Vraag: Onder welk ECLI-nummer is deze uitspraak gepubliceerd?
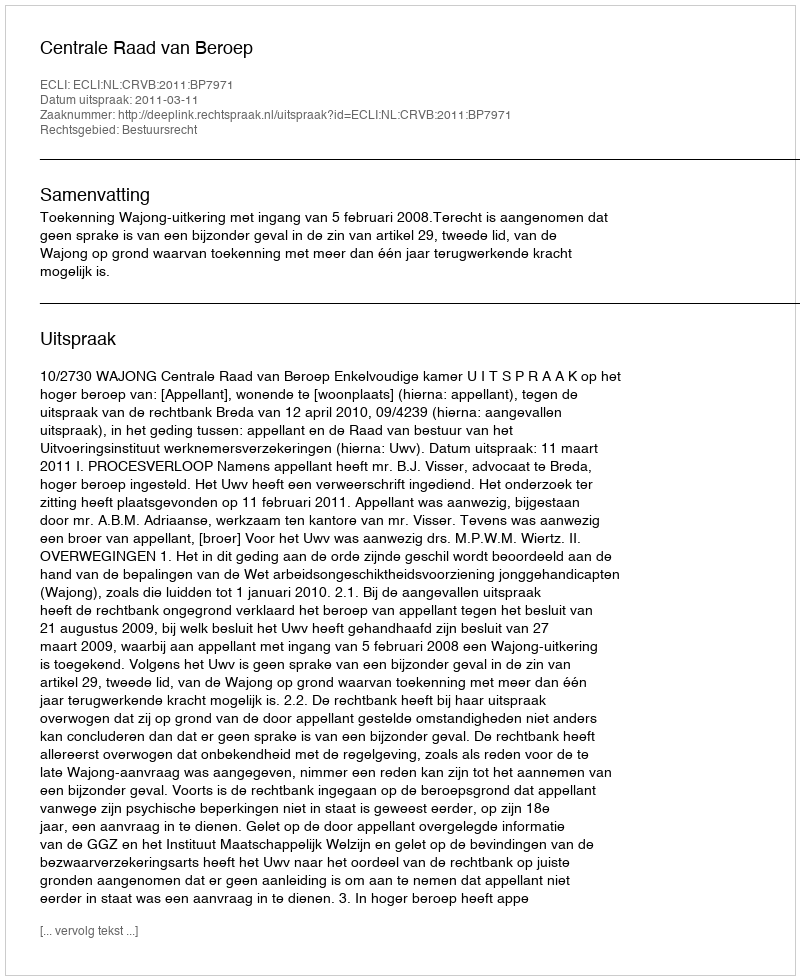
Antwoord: ECLI:NL:CRVB:2011:BP7971